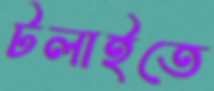
টলাইতে